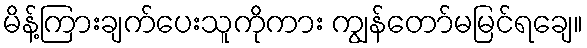
မိန့်ကြားချက်ပေးသူကိုကား ကျွန်တော်မမြင်ရချေ။